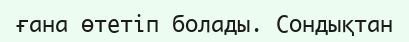
ғана өтетіп болады. Сондықтан